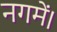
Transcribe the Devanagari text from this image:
नगमें।